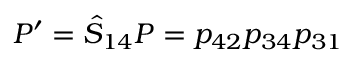
P ^ { \prime } = \hat { S } _ { 1 4 } P = p _ { 4 2 } p _ { 3 4 } p _ { 3 1 }